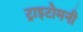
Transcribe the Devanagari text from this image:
ट्राइटोमनी